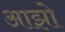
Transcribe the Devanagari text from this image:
आझो